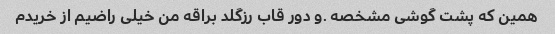
همین که پشت گوشی مشخصه .و دور قاب رزگلد براقه من خیلی راضیم از خریدم